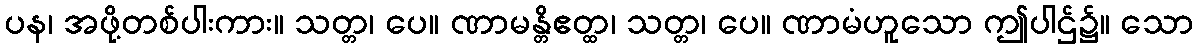
ပန၊ အဖို့တစ်ပါးကား။ သတ္တ၊ ပေ။ ဏာမန္တိဧတ္ထ၊ သတ္တ၊ ပေ။ ဏာမံဟူသော ဤပါဌ်၌။ သော